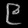
Digit: ၉